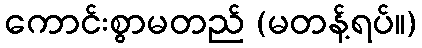
ကောင်းစွာမတည် (မတန့်ရပ်။)